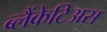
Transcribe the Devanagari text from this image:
ब्लैंकेटिअस